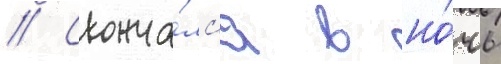
// Сконча́лс'я в но́чь